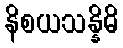
နိစယသန္နိဓိ